system: You are a helpful assistant.
user:
Analyze the provided spectrum to determine if it is a **S-type Star**.

- **Key Indicators for S-type Star:**

    - **(Overall Spectrum Shape):** The first and most obvious characteristic is the overall continuum (the "baseline" shape). It is **extremely "red-sloping,"** meaning the flux (light intensity) is very low on the left side (blue, ~4000-4500 Å) and rises steeply and continuously toward the right side (red, ~7000 Å+).

    - **(Primary):** The spectrum is defined by the presence of strong, broad molecular absorption "valleys" (bands) from **Zirconium Oxide (ZrO)**. The identification of these bands is the **primary requirement** for classifying a star as S-type.
        - **(Key Bandheads):** You must find distinct, deep "dips" where the light has been absorbed. The most critical band systems to locate are:
            - **~6474 Å** ($\gamma$-system): This is often the strongest and clearest ZrO feature, found in the red part of the spectrum.
            - **~5718 Å** & **~5551 Å** ($\beta$-system): A pair of prominent absorption features in the yellow-orange part of the spectrum.
            - **~4640 Å** ($\alpha$-system): A key absorption band system in the blue-green region of the spectrum.

    - **(Secondary Confirmation):** The classification is strengthened by finding additional absorption bands from other related heavy element oxides, which are expected to be present alongside ZrO.
        - **(Key Bandheads):**
            - **Yttrium Oxide (YO):** Look for absorption dips near **~4800 Å** and **~6100 Å**.
            - **Lanthanum Oxide (LaO):** Additional absorption features, particularly in the red-orange part of the spectrum, are also characteristic.

    - **(Line Profile):** The combination of the steep red continuum and these numerous, deep molecular bands (ZrO, YO, etc.) gives the entire spectrum a very **"chopped-up"** or **"bumpy"** appearance. Instead of a smooth curve, the spectrum looks as though large, wide chunks of light have been "carved out" of it at the specific wavelengths listed above.

Think first, call **spectral_visualization_tool** if needed to examine features in detail, then provide your final answer. Your response must adhere to the following strict rules:
1.  **Overall Structure:** Your response must follow the format `<think>...</think> <tool_call>...</tool_call> (if a tool is used) <answer>...</answer>`.
2.  **Tool Usage Constraint:** You may only make **one** tool call per turn.
3.  **Final Answer Format:** In the `<answer>` tag, your conclusion must be inside a `\boxed{}` command (e.g., `\boxed{YES}` or `\boxed{NO}`), followed by your justification.

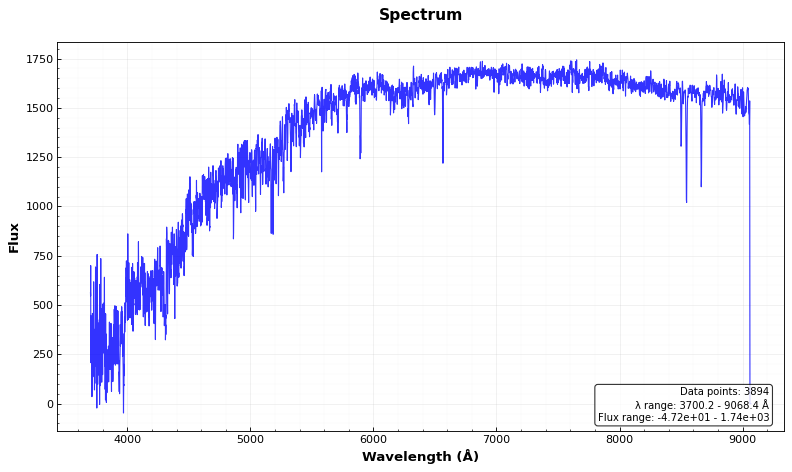
Answer: NO